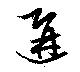
逅